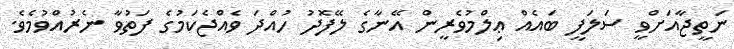
ނަތީޖާއަށްވީ ސަލަފީ ބައެއް ޢިލްމުވެރީން އޭނާގެ ލޭފޮދު ހުއްދަ ވެއްޖެކަމުގެ ފަތުވާ ނެރުއްވުމެވެ.